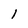
Character: I